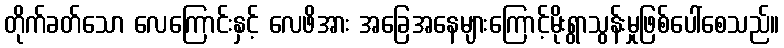
တိုက်ခတ်သော လေကြောင်းနှင့် လေဖိအား အခြေအနေများကြောင့်မိုးရွာသွန်းမှုဖြစ်ပေါ်စေသည်။